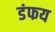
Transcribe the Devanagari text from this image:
डंफय